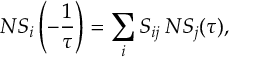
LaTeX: N S _ { i } \left( - { \frac { 1 } { \tau } } \right) = \sum _ { i } S _ { i j } \: N S _ { j } ( \tau ) ,